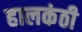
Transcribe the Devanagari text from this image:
हालकंठी